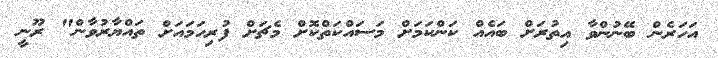
އަހަރެން ބޭނުންވާ އިތުރަށް ބައެއް ކަންކަމަށް މަސައްކަތްކޮށް މެޗަށް ފުރިހަމައަށް ތައްޔާރުވާން" ރޫނީ